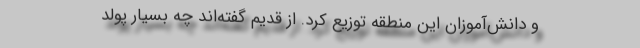
و دانش‌آموزان این منطقه توزیع کرد. از قدیم گفته‌اند چه بسیار پولد